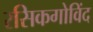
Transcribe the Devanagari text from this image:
रसिकगोविंद